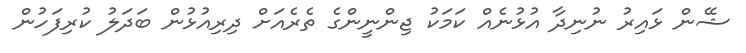
ޝޭން ޅައިރު ނުނިދާ އުޅުނެއް ކަމަކު ޖިންނީންގެ ތެރެއަށް ދިރިއުޅުން ބަދަލު ކުރިފަހުން